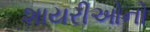
શાયરીઓનો